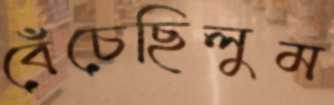
বেঁচেছিলুম